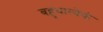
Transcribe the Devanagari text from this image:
बहुधात्येकं